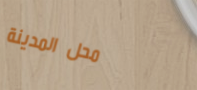
محل المدينة